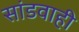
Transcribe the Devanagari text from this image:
सांडवाही